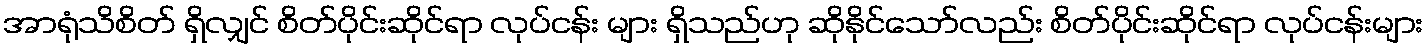
အာရုံသိစိတ် ရှိလျှင် စိတ်ပိုင်းဆိုင်ရာ လုပ်ငန်း များ ရှိသည်ဟု ဆိုနိုင်သော်လည်း စိတ်ပိုင်းဆိုင်ရာ လုပ်ငန်းများ